Civil Veterinary Dept. Assam report 1927-50 - 1927-1950
Year: 1927
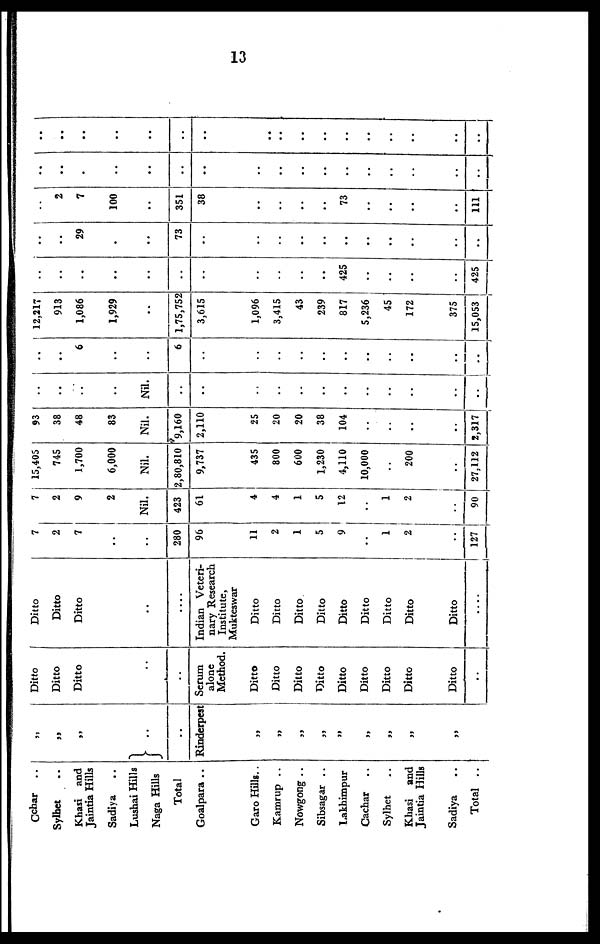
13
Cachar ..
Sylhet ..
Khasi and
Jaintia Hills
Sadiya ..
Lushai Hills
Naga Hills
Total
Goalpara ..
Garo Hills..
Kamrup ..
Nowgong ..
Sibsagar ..
Lakhimpur
Cachar ..
Sylhet ..
Khasi and
Jaintia Hills
Sadiya ..
Total ..
„
„
„
..
..
Rinderpest
„
„
„
„
„
„
„
„
„
„
Ditto
Ditto
Ditto
„
..
Scrum
alone
Method.
Ditto
Ditto
Ditto
Ditto
Ditto
Ditto
Ditto
Ditto
Ditto
..
Ditto
Ditto
Ditto
..
„
Indian Veteri-
nary Research
Institute,
Mukteswar
Ditto
Ditto
Ditto
Ditto
Ditto
Ditto
Ditto
Ditto
Ditto
....
7
2
7
..
„
280
96
11
2
1
5
9
„
1
2
„
127
7
2
9
2
Nil.
423
61
4
4
1
5
12
..
1
2
„
90
15,405
745
1,700
6,000
Nil.
2,80,810
9,737
435
800
600
1,230
4,110
10,000
..
200
„
27,112
93
38
48
83
Nil.
9,160
2,110
25
20
20
38
104
..
..
..
2,317
..
..
..
..
Nil.
..
..
„
„
„
„
„
„
„
„
„
..
..
..
6
..
..
6
..
„
„
„
„
„
„
„
„
„
„
12,217
913
1,086
1,929
..
1,75,752
3,615
1,096
3,415
43
239
817
5,236
45
172
375
15,053
..
..
..
..
..
..
..
..
..
..
..
425
..
..
..
..
425
..
..
29
..
..
73
„
„
„
„
„
„
„
„
„
„
„
„
2
7
100
..
351
38
..
..
..
..
73
..
..
..
111
„
..
„
..
„
„
„
„
„
„
„
„
„
„
„
„
„
..
..
„
..
„
..
„
„
..
..
..
..
..
..
..
..
..